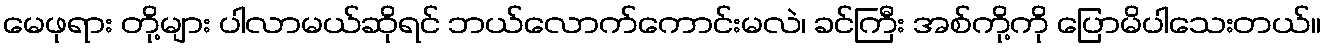
မေဖုရား တို့များ ပါလာမယ်ဆိုရင် ဘယ်လောက်ကောင်းမလဲ၊ ခင်ကြီး အစ်ကို့ကို ပြောမိပါသေးတယ်။